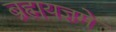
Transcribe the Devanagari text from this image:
ब्रह्मयज्ञमे